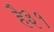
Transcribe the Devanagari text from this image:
है३१